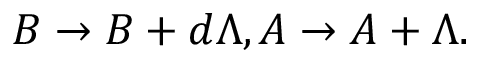
B \rightarrow B + d \Lambda , A \rightarrow A + \Lambda .